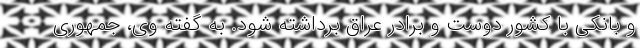
و بانکی با کشور دوست و برادر عراق برداشته شود. به گفته وی، جمهوری